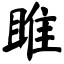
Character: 雎